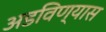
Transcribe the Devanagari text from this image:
अडविण्यास